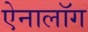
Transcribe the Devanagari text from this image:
ऐनालॉग